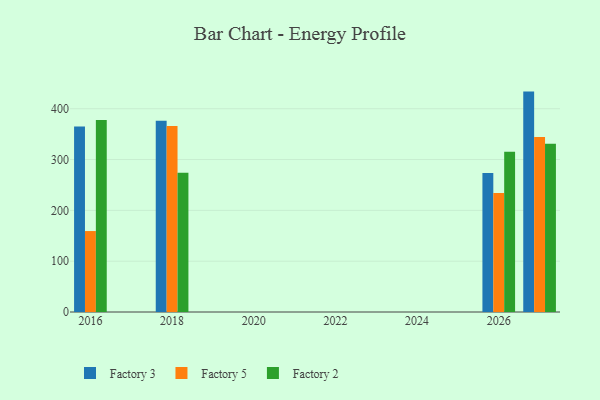
{"axis": {"x": "Year", "y": "Latency (ms)"}, "legend": ["Factory 2", "Factory 3", "Factory 5"], "data": [{"x": "2018", "y": 376.2, "type": "Factory 3"}, {"x": "2018", "y": 366.1, "type": "Factory 5"}, {"x": "2018", "y": 274.2, "type": "Factory 2"}, {"x": "2027", "y": 433.7, "type": "Factory 3"}, {"x": "2027", "y": 344.3, "type": "Factory 5"}, {"x": "2027", "y": 331.3, "type": "Factory 2"}, {"x": "2016", "y": 365.1, "type": "Factory 3"}, {"x": "2016", "y": 159.3, "type": "Factory 5"}, {"x": "2016", "y": 377.6, "type": "Factory 2"}, {"x": "2026", "y": 273.7, "type": "Factory 3"}, {"x": "2026", "y": 234.0, "type": "Factory 5"}, {"x": "2026", "y": 315.2, "type": "Factory 2"}]}